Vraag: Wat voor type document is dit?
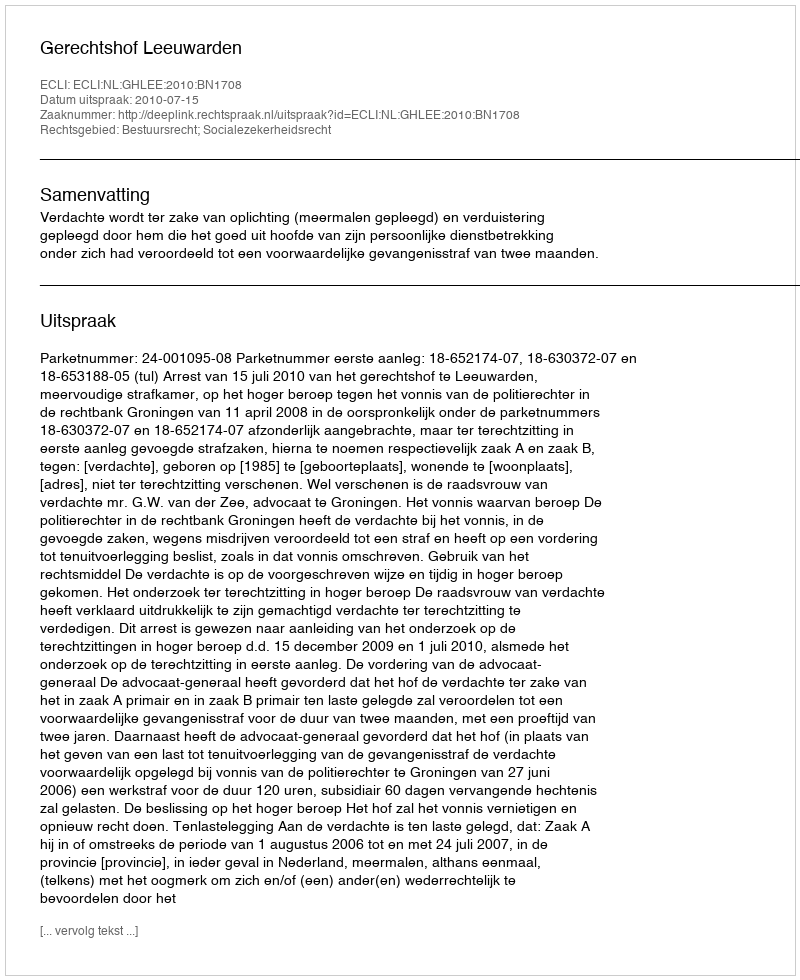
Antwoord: Uitspraak